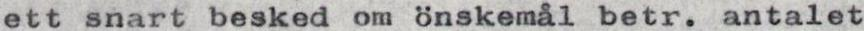
ett snart besked om önskemål betr. antalet